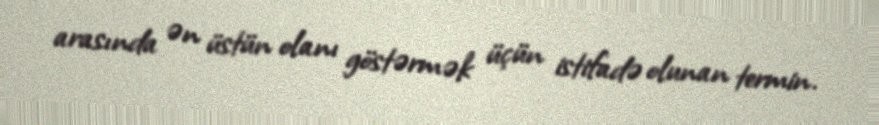
arasında ən üstün olanı göstərmək üçün istifadə olunan termin.